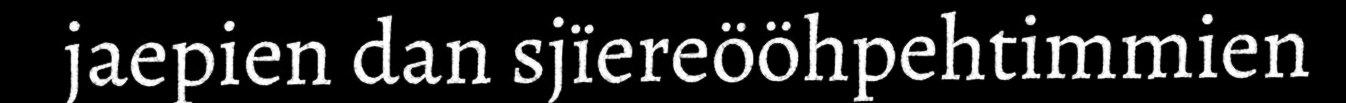
jaepien dan sjïereööhpehtimmien